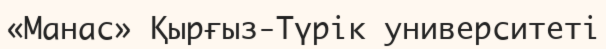
«Манас» Қырғыз-Түрік университеті